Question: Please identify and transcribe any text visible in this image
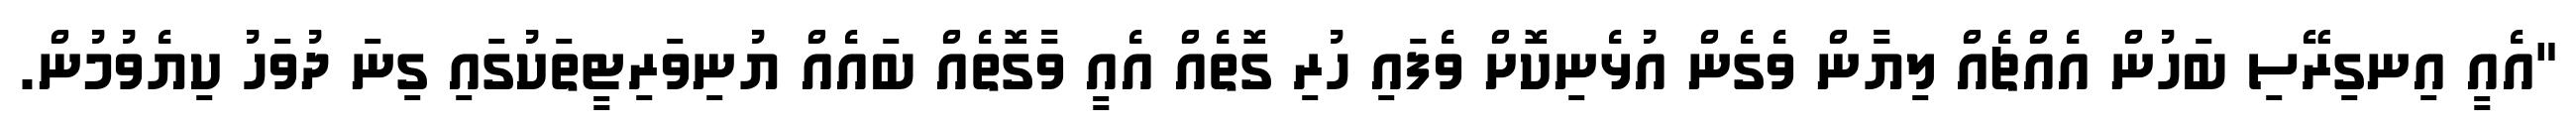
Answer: "އެއީ އިނގިރޭސި ބަހުން އެއްޗެއް ލިޔާން ވެގެން އުޅެނިކޮށް ވެފައި ހުރި ގޮތެއް އެއީ ވާގޮތެއް ބައެއް ޔުނިވަރިޓީތަކުގައި ގިނަ ދުވަހު ކިޔެވުމުން.